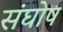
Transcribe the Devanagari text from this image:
संघोष